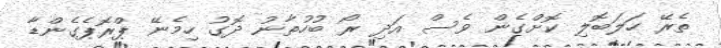
ތެރޭ ހަލަބޮލި ކޮށްގެން ވެސް އަދި ރޯ ބުހުތާނު ދޮގު ހިމެނޭ ޕްރޮޕެގެންޑާ